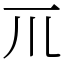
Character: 𥘅